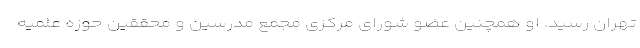
تهران رسید. او همچنین عضو شورای مرکزی مجمع مدرسین و محققین حوزه علمیه